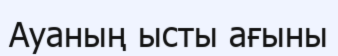
Ауаның ысты ағыны